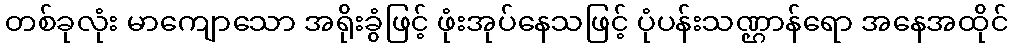
တစ်ခုလုံး မာကျောသော အရိုးခွံဖြင့် ဖုံးအုပ်နေသဖြင့် ပုံပန်းသဏ္ဌာန်ရော အနေအထိုင်